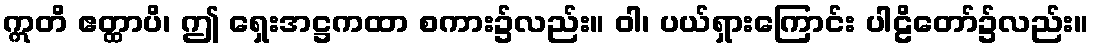
ဣတိ ဧတ္ထာပိ၊ ဤ ရှေးအဋ္ဌကထာ စကား၌လည်း။ ဝါ၊ ပယ်ရှားကြောင်း ပါဠိတော်၌လည်း။